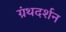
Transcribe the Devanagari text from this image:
ग्रंथदर्शन